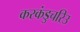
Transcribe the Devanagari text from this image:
करकंडुचरिउ